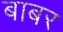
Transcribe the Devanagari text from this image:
बाबर